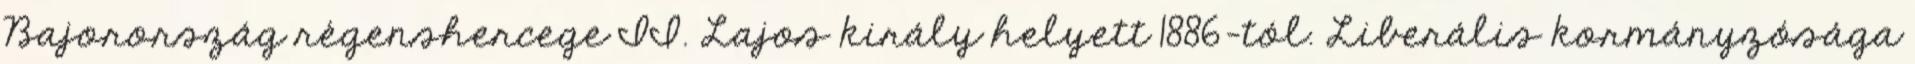
Bajorország régenshercege II. Lajos király helyett 1886-tól. Liberális kormányzósága